Preparation of a safe and efficient antirabic vaccine - Number 44
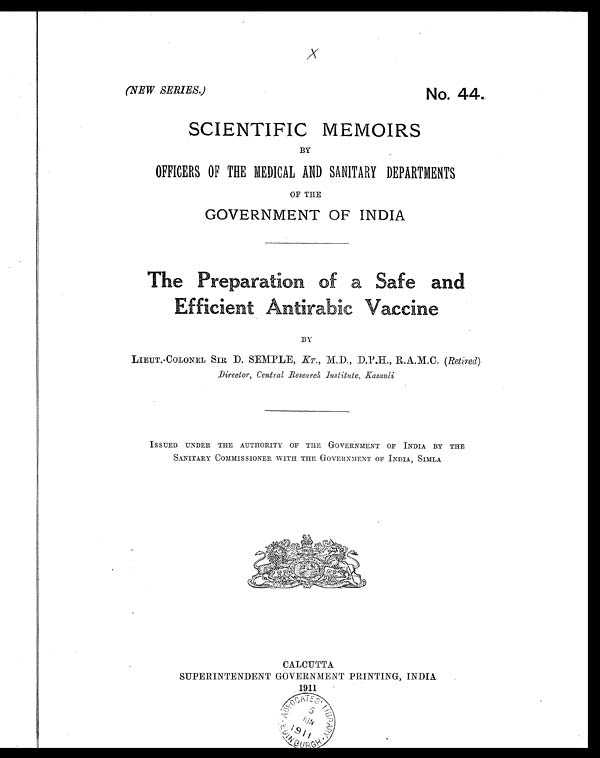
Х
(NEW SERIES.)
No. 44
SCIENTIFIC MEMOIRS
BY
OFFICERS OF THE MEDICAL AND SANITARY DEPARTMENTS
OF THE
GOVERNMENT OF INDIA
The Preparation of a Safe and
Efficient Antirabic Vaccine
BY
LIEUT.-COLONEL SIR D. SEMPLE, KT., M.D., D.P.H., R.A.M.C. ( Retired )
Director, Central Research Institute, Kasauli
ISSUED UNDER THE AUTHORITY OF THE GOVERNMENT OF INDIA BY THE
SANITARY COMMISSIONER WITH THE GOVERNMENT OF INDIA, SIMLA
CALCUTTA
SUPERINTENDENT GOVERNMENT PRINTING, INDIA
1911